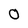
Character: 0